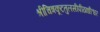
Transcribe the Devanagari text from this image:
श्रीचित्रकूटतुलसीपीठाधीश्वर